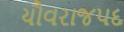
યૌવરાજપદ